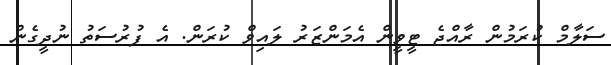
ސަލާމް ކުރަމުން ރާއްޖެ ޓީވީން އެމަންޒަރު ލައިވް ކުރަން. އެ ފުރުސަތު ނުދީގެން